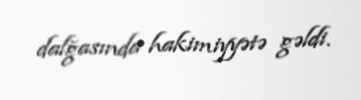
dalğasında hakimiyyətə gəldi.